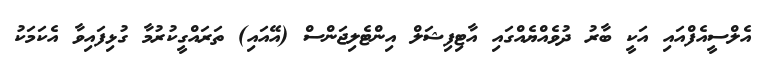
އެލްސީއެފްއައި އަކީ ބާރު ދުވެއްޔެއްގައި އާޓިފިޝަލް އިންޓެލިޖަންސް (އޭއައި) ތަރައްގީކުރުމާ ގުޅިފައިވާ އެކަމަކު